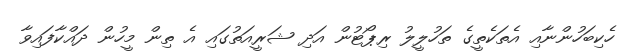
ހެކިބަހުންނާއި އެތަކެތީގެ ތަހުލީލު ރިޕޯޓުން އަދި ޝަރީއަތުގައި އެ ތިން މީހުން ދައްކާފައިވާ